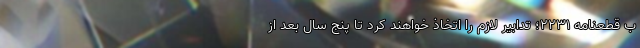
ب قطعنامه ۲۲۳۱؛ تدابیر لازم را اتخاذ خواهند کرد تا پنج سال بعد از